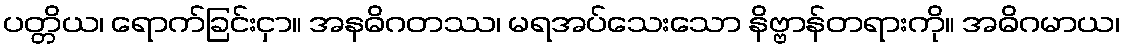
ပတ္တိယ၊ ရောက်ခြင်းငှာ။ အနဓိဂတဿ၊ မရအပ်သေးသော နိဗ္ဗာန်တရားကို။ အဓိဂမာယ၊